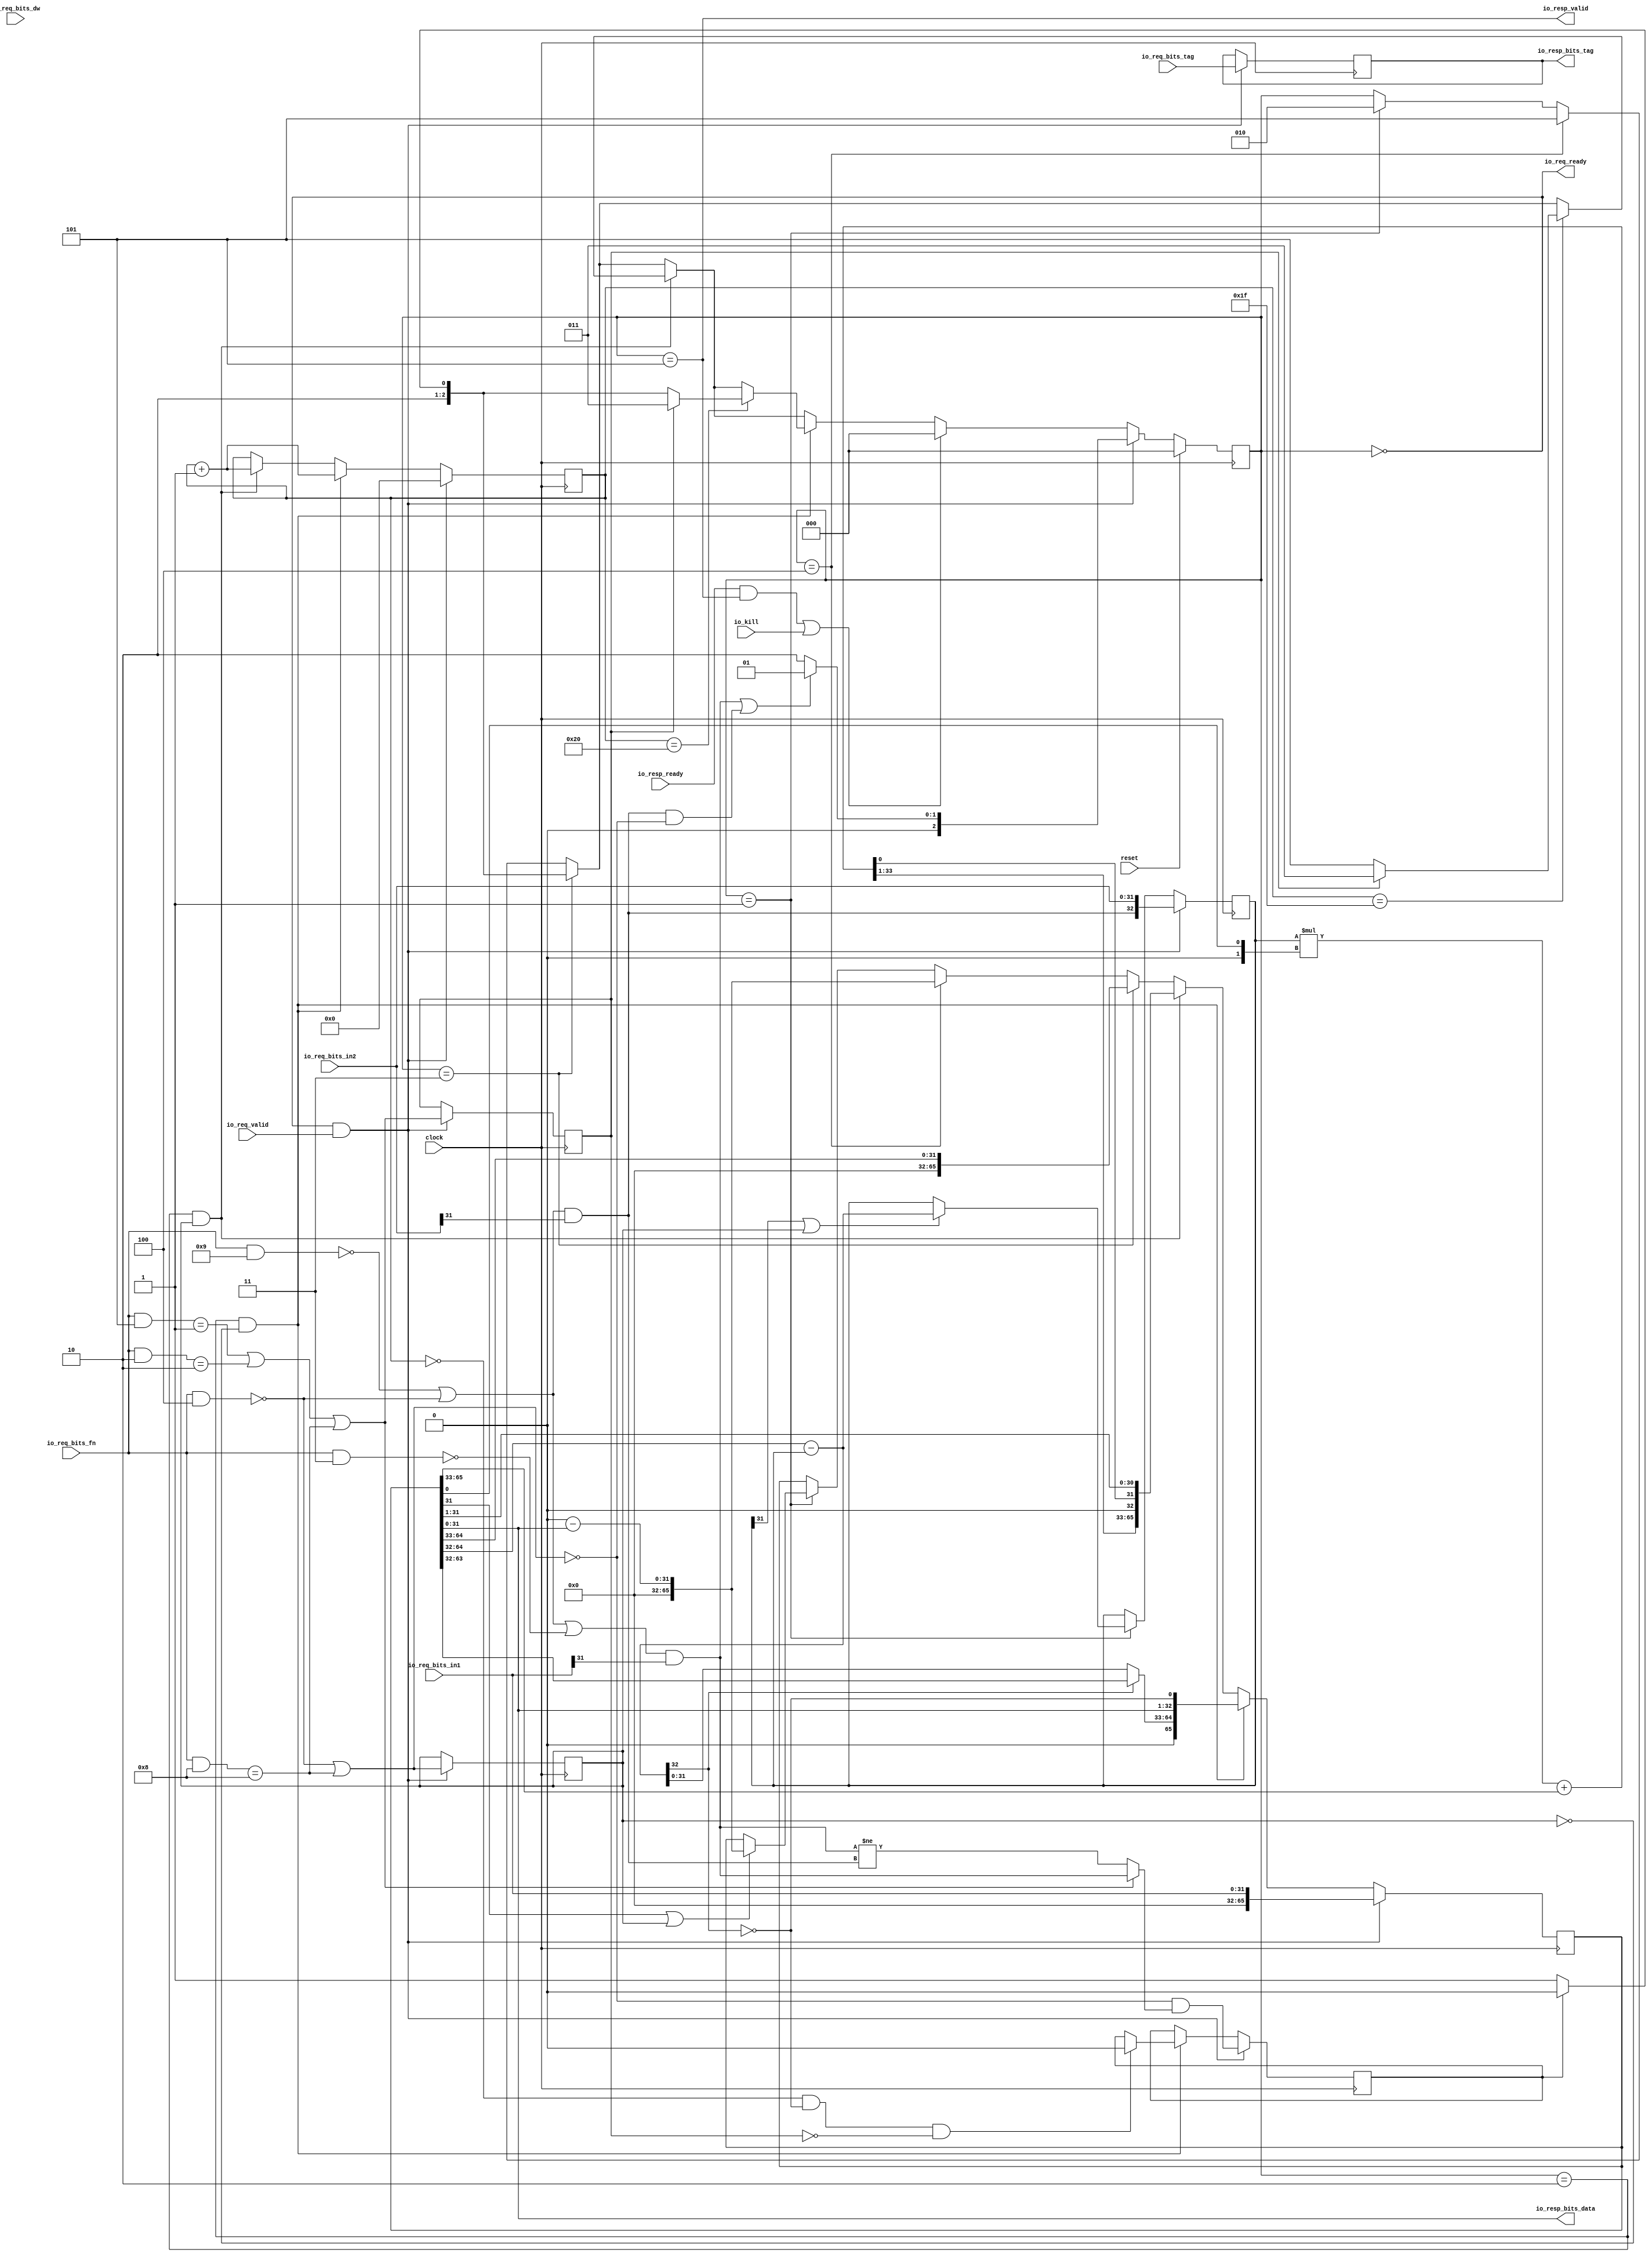
module MulDiv(
  input   clock,
  input   reset,
  output  io_req_ready,
  input   io_req_valid,
  input  [3:0] io_req_bits_fn,
  input   io_req_bits_dw,
  input  [31:0] io_req_bits_in1,
  input  [31:0] io_req_bits_in2,
  input  [4:0] io_req_bits_tag,
  input   io_kill,
  input   io_resp_ready,
  output  io_resp_valid,
  output [31:0] io_resp_bits_data,
  output [4:0] io_resp_bits_tag
);
  reg [2:0] state;
  reg [31:0] GEN_14;
  reg [3:0] req_fn;
  reg [31:0] GEN_15;
  reg  req_dw;
  reg [31:0] GEN_36;
  reg [31:0] req_in1;
  reg [31:0] GEN_37;
  reg [31:0] req_in2;
  reg [31:0] GEN_38;
  reg [4:0] req_tag;
  reg [31:0] GEN_39;
  reg [5:0] count;
  reg [31:0] GEN_40;
  reg  neg_out;
  reg [31:0] GEN_41;
  reg  isMul;
  reg [31:0] GEN_42;
  reg  isHi;
  reg [31:0] GEN_43;
  reg [32:0] divisor;
  reg [63:0] GEN_44;
  reg [65:0] remainder;
  reg [95:0] GEN_45;
  wire [3:0] T_71;
  wire  T_73;
  wire [3:0] T_75;
  wire  T_77;
  wire  T_80;
  wire [3:0] T_82;
  wire  T_84;
  wire [3:0] T_86;
  wire  T_88;
  wire  T_91;
  wire  T_92;
  wire [3:0] T_94;
  wire  T_96;
  wire [3:0] T_98;
  wire  T_100;
  wire  T_103;
  wire  T_104;
  wire  T_112;
  wire  lhs_sign;
  wire [15:0] T_118;
  wire [15:0] T_120;
  wire [31:0] lhs_in;
  wire  T_125;
  wire  rhs_sign;
  wire [15:0] T_131;
  wire [15:0] T_133;
  wire [31:0] rhs_in;
  wire [32:0] T_134;
  wire [33:0] T_136;
  wire [32:0] subtractor;
  wire  less;
  wire [31:0] T_137;
  wire [32:0] T_139;
  wire [31:0] negated_remainder;
  wire  T_140;
  wire  T_141;
  wire  T_142;
  wire [65:0] GEN_0;
  wire  T_143;
  wire  T_144;
  wire [32:0] GEN_1;
  wire [65:0] GEN_2;
  wire [32:0] GEN_3;
  wire [2:0] GEN_4;
  wire  T_145;
  wire [65:0] GEN_5;
  wire [2:0] GEN_6;
  wire  T_146;
  wire [31:0] T_147;
  wire [2:0] T_148;
  wire [65:0] GEN_7;
  wire [2:0] GEN_8;
  wire  T_149;
  wire  T_150;
  wire [32:0] T_151;
  wire [64:0] T_153;
  wire [31:0] T_154;
  wire [32:0] T_155;
  wire [32:0] T_156;
  wire [32:0] T_157;
  wire  T_158;
  wire [32:0] GEN_34;
  wire [33:0] T_159;
  wire [33:0] GEN_35;
  wire [34:0] T_160;
  wire [33:0] T_161;
  wire [33:0] T_162;
  wire [30:0] T_163;
  wire [33:0] T_164;
  wire [64:0] T_165;
  wire  T_180;
  wire [32:0] T_194;
  wire [31:0] T_196;
  wire [64:0] T_197;
  wire [32:0] T_198;
  wire [31:0] T_200;
  wire [33:0] T_201;
  wire [65:0] T_202;
  wire [6:0] T_204;
  wire [5:0] T_205;
  wire  T_207;
  wire [2:0] T_209;
  wire [2:0] GEN_9;
  wire [65:0] GEN_10;
  wire [5:0] GEN_11;
  wire [2:0] GEN_12;
  wire  T_212;
  wire  T_213;
  wire  T_215;
  wire [2:0] T_217;
  wire [2:0] GEN_13;
  wire [31:0] T_221;
  wire [31:0] T_222;
  wire [31:0] T_223;
  wire  T_226;
  wire [63:0] T_227;
  wire [64:0] T_228;
  wire  T_450;
  wire  T_467;
  wire  T_470;
  wire  GEN_16;
  wire [2:0] GEN_17;
  wire [5:0] GEN_18;
  wire [65:0] GEN_19;
  wire  GEN_20;
  wire  T_472;
  wire  T_473;
  wire [2:0] GEN_21;
  wire  T_474;
  wire  T_476;
  wire  T_477;
  wire  T_478;
  wire [2:0] T_479;
  wire  T_483;
  wire  T_484;
  wire  T_485;
  wire [32:0] T_486;
  wire [2:0] GEN_22;
  wire  GEN_23;
  wire  GEN_24;
  wire [5:0] GEN_25;
  wire  GEN_26;
  wire [32:0] GEN_27;
  wire [65:0] GEN_28;
  wire [3:0] GEN_29;
  wire  GEN_30;
  wire [31:0] GEN_31;
  wire [31:0] GEN_32;
  wire [4:0] GEN_33;
  wire  T_499;
  wire  T_500;
  assign io_req_ready = T_500;
  assign io_resp_valid = T_499;
  assign io_resp_bits_data = T_137;
  assign io_resp_bits_tag = req_tag;
  assign T_71 = io_req_bits_fn & 4'h4;
  assign T_73 = T_71 == 4'h0;
  assign T_75 = io_req_bits_fn & 4'h8;
  assign T_77 = T_75 == 4'h8;
  assign T_80 = T_73 | T_77;
  assign T_82 = io_req_bits_fn & 4'h5;
  assign T_84 = T_82 == 4'h1;
  assign T_86 = io_req_bits_fn & 4'h2;
  assign T_88 = T_86 == 4'h2;
  assign T_91 = T_84 | T_88;
  assign T_92 = T_91 | T_77;
  assign T_94 = io_req_bits_fn & 4'h9;
  assign T_96 = T_94 == 4'h0;
  assign T_98 = io_req_bits_fn & 4'h3;
  assign T_100 = T_98 == 4'h0;
  assign T_103 = T_96 | T_73;
  assign T_104 = T_103 | T_100;
  assign T_112 = io_req_bits_in1[31];
  assign lhs_sign = T_104 & T_112;
  assign T_118 = io_req_bits_in1[31:16];
  assign T_120 = io_req_bits_in1[15:0];
  assign lhs_in = {T_118,T_120};
  assign T_125 = io_req_bits_in2[31];
  assign rhs_sign = T_103 & T_125;
  assign T_131 = io_req_bits_in2[31:16];
  assign T_133 = io_req_bits_in2[15:0];
  assign rhs_in = {T_131,T_133};
  assign T_134 = remainder[64:32];
  assign T_136 = T_134 - divisor;
  assign subtractor = T_136[32:0];
  assign less = subtractor[32];
  assign T_137 = remainder[31:0];
  assign T_139 = 32'h0 - T_137;
  assign negated_remainder = T_139[31:0];
  assign T_140 = state == 3'h1;
  assign T_141 = remainder[31];
  assign T_142 = T_141 | isMul;
  assign GEN_0 = T_142 ? {{34'd0}, negated_remainder} : remainder;
  assign T_143 = divisor[31];
  assign T_144 = T_143 | isMul;
  assign GEN_1 = T_144 ? subtractor : divisor;
  assign GEN_2 = T_140 ? GEN_0 : remainder;
  assign GEN_3 = T_140 ? GEN_1 : divisor;
  assign GEN_4 = T_140 ? 3'h2 : state;
  assign T_145 = state == 3'h4;
  assign GEN_5 = T_145 ? {{34'd0}, negated_remainder} : GEN_2;
  assign GEN_6 = T_145 ? 3'h5 : GEN_4;
  assign T_146 = state == 3'h3;
  assign T_147 = remainder[64:33];
  assign T_148 = neg_out ? 3'h4 : 3'h5;
  assign GEN_7 = T_146 ? {{34'd0}, T_147} : GEN_5;
  assign GEN_8 = T_146 ? T_148 : GEN_6;
  assign T_149 = state == 3'h2;
  assign T_150 = T_149 & isMul;
  assign T_151 = remainder[65:33];
  assign T_153 = {T_151,T_137};
  assign T_154 = T_153[31:0];
  assign T_155 = T_153[64:32];
  assign T_156 = $signed(T_155);
  assign T_157 = $signed(divisor);
  assign T_158 = T_154[0];
  assign GEN_34 = {{32'd0}, T_158};
  assign T_159 = $signed(T_157) * $signed({1'b0,GEN_34});
  assign GEN_35 = {{1{T_156[32]}},T_156};
  assign T_160 = $signed(T_159) + $signed(GEN_35);
  assign T_161 = T_160[33:0];
  assign T_162 = $signed(T_161);
  assign T_163 = T_154[31:1];
  assign T_164 = $unsigned(T_162);
  assign T_165 = {T_164,T_163};
  assign T_180 = isHi == 1'h0;
  assign T_194 = T_165[64:32];
  assign T_196 = T_165[31:0];
  assign T_197 = {T_194,T_196};
  assign T_198 = T_197[64:32];
  assign T_200 = T_197[31:0];
  assign T_201 = {T_198,1'h0};
  assign T_202 = {T_201,T_200};
  assign T_204 = count + 6'h1;
  assign T_205 = T_204[5:0];
  assign T_207 = count == 6'h1f;
  assign T_209 = isHi ? 3'h3 : 3'h5;
  assign GEN_9 = T_207 ? T_209 : GEN_8;
  assign GEN_10 = T_150 ? T_202 : GEN_7;
  assign GEN_11 = T_150 ? T_205 : count;
  assign GEN_12 = T_150 ? GEN_9 : GEN_8;
  assign T_212 = isMul == 1'h0;
  assign T_213 = T_149 & T_212;
  assign T_215 = count == 6'h20;
  assign T_217 = isHi ? 3'h3 : T_148;
  assign GEN_13 = T_215 ? T_217 : GEN_12;
  assign T_221 = remainder[63:32];
  assign T_222 = subtractor[31:0];
  assign T_223 = less ? T_221 : T_222;
  assign T_226 = less == 1'h0;
  assign T_227 = {T_223,T_137};
  assign T_228 = {T_227,T_226};
  assign T_450 = count == 6'h0;
  assign T_467 = T_450 & T_226;
  assign T_470 = T_467 & T_180;
  assign GEN_16 = T_470 ? 1'h0 : neg_out;
  assign GEN_17 = T_213 ? GEN_13 : GEN_12;
  assign GEN_18 = T_213 ? T_205 : GEN_11;
  assign GEN_19 = T_213 ? {{1'd0}, T_228} : GEN_10;
  assign GEN_20 = T_213 ? GEN_16 : neg_out;
  assign T_472 = io_resp_ready & io_resp_valid;
  assign T_473 = T_472 | io_kill;
  assign GEN_21 = T_473 ? 3'h0 : GEN_17;
  assign T_474 = io_req_ready & io_req_valid;
  assign T_476 = T_80 == 1'h0;
  assign T_477 = rhs_sign & T_476;
  assign T_478 = lhs_sign | T_477;
  assign T_479 = T_478 ? 3'h1 : 3'h2;
  assign T_483 = lhs_sign != rhs_sign;
  assign T_484 = T_92 ? lhs_sign : T_483;
  assign T_485 = T_476 & T_484;
  assign T_486 = {rhs_sign,rhs_in};
  assign GEN_22 = T_474 ? T_479 : GEN_21;
  assign GEN_23 = T_474 ? T_80 : isMul;
  assign GEN_24 = T_474 ? T_92 : isHi;
  assign GEN_25 = T_474 ? 6'h0 : GEN_18;
  assign GEN_26 = T_474 ? T_485 : GEN_20;
  assign GEN_27 = T_474 ? T_486 : GEN_3;
  assign GEN_28 = T_474 ? {{34'd0}, lhs_in} : GEN_19;
  assign GEN_29 = T_474 ? io_req_bits_fn : req_fn;
  assign GEN_30 = T_474 ? io_req_bits_dw : req_dw;
  assign GEN_31 = T_474 ? io_req_bits_in1 : req_in1;
  assign GEN_32 = T_474 ? io_req_bits_in2 : req_in2;
  assign GEN_33 = T_474 ? io_req_bits_tag : req_tag;
  assign T_499 = state == 3'h5;
  assign T_500 = state == 3'h0;
`ifdef RANDOMIZE
  integer initvar;
  initial begin
    `ifndef verilator
      #0.002 begin end
    `endif
  `ifdef RANDOMIZE_REG_INIT
  GEN_14 = {1{$random}};
  state = GEN_14[2:0];
  `endif
  `ifdef RANDOMIZE_REG_INIT
  GEN_15 = {1{$random}};
  req_fn = GEN_15[3:0];
  `endif
  `ifdef RANDOMIZE_REG_INIT
  GEN_36 = {1{$random}};
  req_dw = GEN_36[0:0];
  `endif
  `ifdef RANDOMIZE_REG_INIT
  GEN_37 = {1{$random}};
  req_in1 = GEN_37[31:0];
  `endif
  `ifdef RANDOMIZE_REG_INIT
  GEN_38 = {1{$random}};
  req_in2 = GEN_38[31:0];
  `endif
  `ifdef RANDOMIZE_REG_INIT
  GEN_39 = {1{$random}};
  req_tag = GEN_39[4:0];
  `endif
  `ifdef RANDOMIZE_REG_INIT
  GEN_40 = {1{$random}};
  count = GEN_40[5:0];
  `endif
  `ifdef RANDOMIZE_REG_INIT
  GEN_41 = {1{$random}};
  neg_out = GEN_41[0:0];
  `endif
  `ifdef RANDOMIZE_REG_INIT
  GEN_42 = {1{$random}};
  isMul = GEN_42[0:0];
  `endif
  `ifdef RANDOMIZE_REG_INIT
  GEN_43 = {1{$random}};
  isHi = GEN_43[0:0];
  `endif
  `ifdef RANDOMIZE_REG_INIT
  GEN_44 = {2{$random}};
  divisor = GEN_44[32:0];
  `endif
  `ifdef RANDOMIZE_REG_INIT
  GEN_45 = {3{$random}};
  remainder = GEN_45[65:0];
  `endif
  end
`endif
  always @(posedge clock) begin
    if (reset) begin
      state <= 3'h0;
    end else begin
      if (T_474) begin
        if (T_478) begin
          state <= 3'h1;
        end else begin
          state <= 3'h2;
        end
      end else begin
        if (T_473) begin
          state <= 3'h0;
        end else begin
          if (T_213) begin
            if (T_215) begin
              if (isHi) begin
                state <= 3'h3;
              end else begin
                if (neg_out) begin
                  state <= 3'h4;
                end else begin
                  state <= 3'h5;
                end
              end
            end else begin
              if (T_150) begin
                if (T_207) begin
                  if (isHi) begin
                    state <= 3'h3;
                  end else begin
                    state <= 3'h5;
                  end
                end else begin
                  if (T_146) begin
                    if (neg_out) begin
                      state <= 3'h4;
                    end else begin
                      state <= 3'h5;
                    end
                  end else begin
                    if (T_145) begin
                      state <= 3'h5;
                    end else begin
                      if (T_140) begin
                        state <= 3'h2;
                      end
                    end
                  end
                end
              end else begin
                if (T_146) begin
                  if (neg_out) begin
                    state <= 3'h4;
                  end else begin
                    state <= 3'h5;
                  end
                end else begin
                  if (T_145) begin
                    state <= 3'h5;
                  end else begin
                    if (T_140) begin
                      state <= 3'h2;
                    end
                  end
                end
              end
            end
          end else begin
            if (T_150) begin
              if (T_207) begin
                if (isHi) begin
                  state <= 3'h3;
                end else begin
                  state <= 3'h5;
                end
              end else begin
                if (T_146) begin
                  if (neg_out) begin
                    state <= 3'h4;
                  end else begin
                    state <= 3'h5;
                  end
                end else begin
                  if (T_145) begin
                    state <= 3'h5;
                  end else begin
                    if (T_140) begin
                      state <= 3'h2;
                    end
                  end
                end
              end
            end else begin
              if (T_146) begin
                state <= T_148;
              end else begin
                if (T_145) begin
                  state <= 3'h5;
                end else begin
                  if (T_140) begin
                    state <= 3'h2;
                  end
                end
              end
            end
          end
        end
      end
    end
    if (T_474) begin
      req_fn <= io_req_bits_fn;
    end
    if (T_474) begin
      req_dw <= io_req_bits_dw;
    end
    if (T_474) begin
      req_in1 <= io_req_bits_in1;
    end
    if (T_474) begin
      req_in2 <= io_req_bits_in2;
    end
    if (T_474) begin
      req_tag <= io_req_bits_tag;
    end
    if (T_474) begin
      count <= 6'h0;
    end else begin
      if (T_213) begin
        count <= T_205;
      end else begin
        if (T_150) begin
          count <= T_205;
        end
      end
    end
    if (T_474) begin
      neg_out <= T_485;
    end else begin
      if (T_213) begin
        if (T_470) begin
          neg_out <= 1'h0;
        end
      end
    end
    if (T_474) begin
      isMul <= T_80;
    end
    if (T_474) begin
      isHi <= T_92;
    end
    if (T_474) begin
      divisor <= T_486;
    end else begin
      if (T_140) begin
        if (T_144) begin
          divisor <= subtractor;
        end
      end
    end
    if (T_474) begin
      remainder <= {{34'd0}, lhs_in};
    end else begin
      if (T_213) begin
        remainder <= {{1'd0}, T_228};
      end else begin
        if (T_150) begin
          remainder <= T_202;
        end else begin
          if (T_146) begin
            remainder <= {{34'd0}, T_147};
          end else begin
            if (T_145) begin
              remainder <= {{34'd0}, negated_remainder};
            end else begin
              if (T_140) begin
                if (T_142) begin
                  remainder <= {{34'd0}, negated_remainder};
                end
              end
            end
          end
        end
      end
    end
  end
endmodule